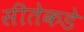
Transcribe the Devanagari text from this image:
सीतेकडे